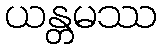
ယန္တမဿ